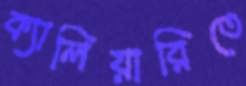
ক্যালিয়ারিতে